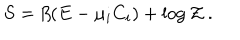
S = \beta ( E - \mu _ { i } C _ { i } ) + \log { \cal Z } \ .